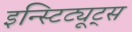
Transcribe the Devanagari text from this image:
इन्स्टिट्यूट्‌स